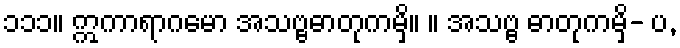
၁၁၁။ ဣကာရာဂမော အသဗ္ဗဓာတုကမှိ။ ။ အသဗ္ဗ ဓာတုကမှိ- ပ,